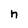
Character: n